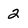
Character: 2